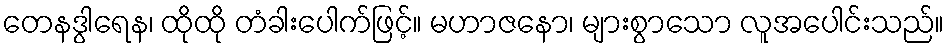
တေနဒွါရေန၊ ထိုထို တံခါးပေါက်ဖြင့်။ မဟာဇနော၊ များစွာသော လူအပေါင်းသည်။